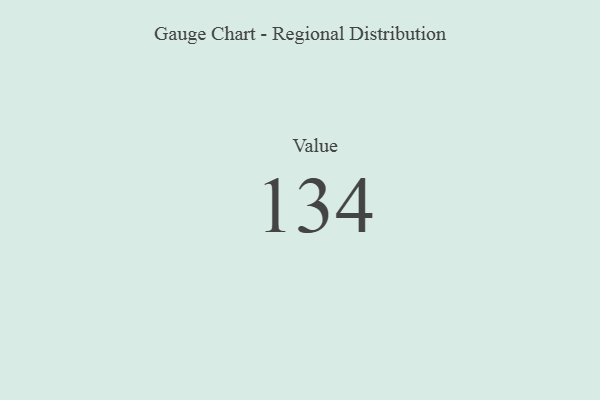
{"axis": {"x": "Metric", "y": "Value"}, "legend": [""], "data": [{"x": "Value", "y": 134, "type": ""}]}